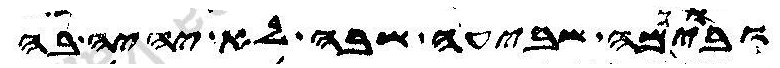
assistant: וביומה שביעה שבה לא יהיה בה